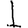
Digit: 1